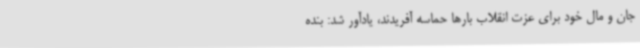
جان و مال خود برای عزت انقلاب بارها حماسه آفریدند، یادآور شد: ‌بنده